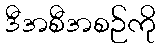
ဒီအစီအစဉ်ကို